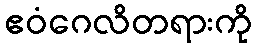
ဧဝံဂေလိတရားကို